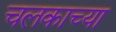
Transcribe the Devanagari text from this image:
चलकाच्या